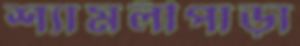
শ্যামলীপাড়া